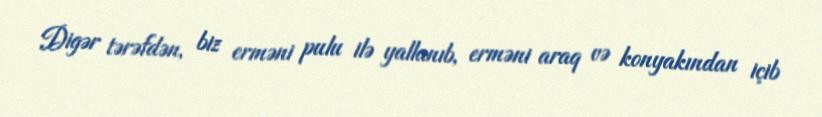
Digər tərəfdən, biz erməni pulu ilə yallanıb, erməni araq və konyakından içib